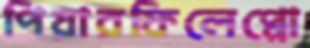
পিয়ারফিলেপ্পো